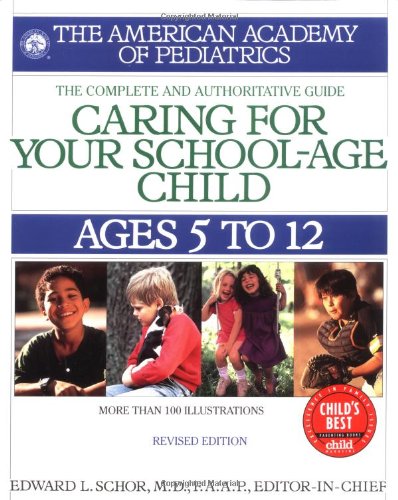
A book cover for Caring for Your School Age Child: Ages 5-12 (Child Care S); Edward L. Schor; Parenting & Relationships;